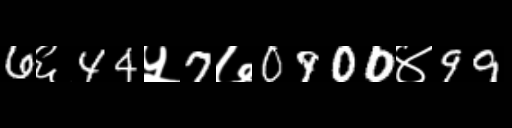
Text: 6६44५7७0900४99